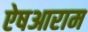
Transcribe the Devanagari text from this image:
ऐषआराम